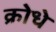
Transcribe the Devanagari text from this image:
क्रोधे